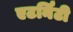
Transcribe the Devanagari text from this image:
एटर्निंटी